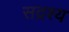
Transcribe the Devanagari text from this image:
सद्रश्य